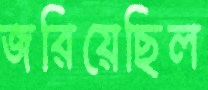
জরিয়েছিল